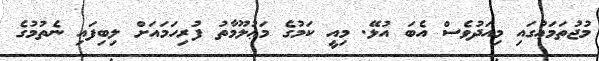
މުޖުތަމަޢުގައި މިއަދުވެސް އެބަ އުޅޭ. މިއީ ކަމުގެ މަޢުލޫމާތު ފުރިހަމައަށް ލިބިފައި ނެތުމުގެ